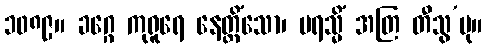
၁၀၈၉။ ခဂ္ဂေ ကုရူရေ နေတ္တိံသော၊ ပရသ္မိံ အတြ တီသွ’မု။